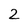
Character: 2